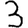
Digit: 3